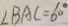
\angle B A C = 6 0 ^ { \circ }